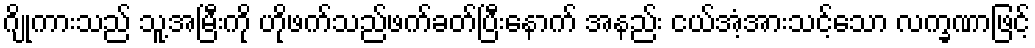
ဂျိုကားသည် သူ့အမြီးကို ဟိုဖက်သည်ဖက်ခတ်ပြီးနောက် အနည်း ငယ်အံ့အားသင့်သော လက္ခဏာဖြင့်